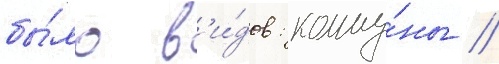
бы́ло в'и́дов: комму́ны /